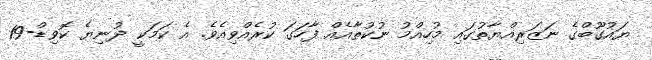
ޔައުގޫބްގެ ނަޒަރިއްޔާތުގައި މުހިއްމު ނުކުތާއެއް ފާހަގަ ކުރެއްވިއެވެ. އެ ކަމަކީ ދުނިޔެ ކޮވިޑް-19